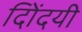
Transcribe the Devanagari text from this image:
दिोंदयी